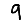
Digit: 9